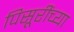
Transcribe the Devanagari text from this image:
पिसूरींच्या